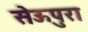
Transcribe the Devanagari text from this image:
सेऊपुरा